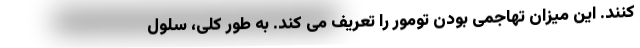
کنند. این میزان تهاجمی بودن تومور را تعریف می کند. به طور کلی، سلول